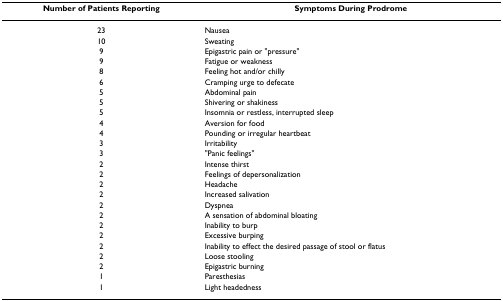
<table><thead><tr><td><b>Number of Patients Reporting</b></td><td><b>Symptoms During Prodrome</b></td></tr></thead><tbody><tr><td>23</td><td>Nausea</td></tr><tr><td>10</td><td>Sweating</td></tr><tr><td>9</td><td>Epigastric pain or &quot;pressure&quot;</td></tr><tr><td>9</td><td>Fatigue or weakness</td></tr><tr><td>8</td><td>Feeling hot and/or chilly</td></tr><tr><td>6</td><td>Cramping urge to defecate</td></tr><tr><td>5</td><td>Abdominal pain</td></tr><tr><td>5</td><td>Shivering or shakiness</td></tr><tr><td>5</td><td>Insomnia or restless, interrupted sleep</td></tr><tr><td>4</td><td>Aversion for food</td></tr><tr><td>4</td><td>Pounding or irregular heartbeat</td></tr><tr><td>3</td><td>Irritability</td></tr><tr><td>3</td><td>&quot;Panic feelings&quot;</td></tr><tr><td>2</td><td>Intense thirst</td></tr><tr><td>2</td><td>Feelings of depersonalization</td></tr><tr><td>2</td><td>Headache</td></tr><tr><td>2</td><td>Increased salivation</td></tr><tr><td>2</td><td>Dyspnea</td></tr><tr><td>2</td><td>A sensation of abdominal bloating</td></tr><tr><td>2</td><td>Inability to burp</td></tr><tr><td>2</td><td>Excessive burping</td></tr><tr><td>2</td><td>Inability to effect the desired passage of stool or flatus</td></tr><tr><td>2</td><td>Loose stooling</td></tr><tr><td>2</td><td>Epigastric burning</td></tr><tr><td>1</td><td>Paresthesias</td></tr><tr><td>1</td><td>Light headedness</td></tr></tbody></table>